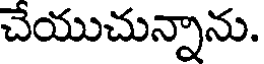
చేయుచున్నాను.